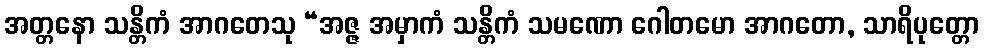
အတ္တနော သန္တိကံ အာဂတေသု “အဇ္ဇ အမှာကံ သန္တိကံ သမဏော ဂေါတမော အာဂတော, သာရိပုတ္တော